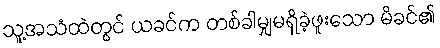
သူ့အသံထဲတွင် ယခင်က တစ်ခါမျှမရှိခဲ့ဖူးသော မိခင်၏